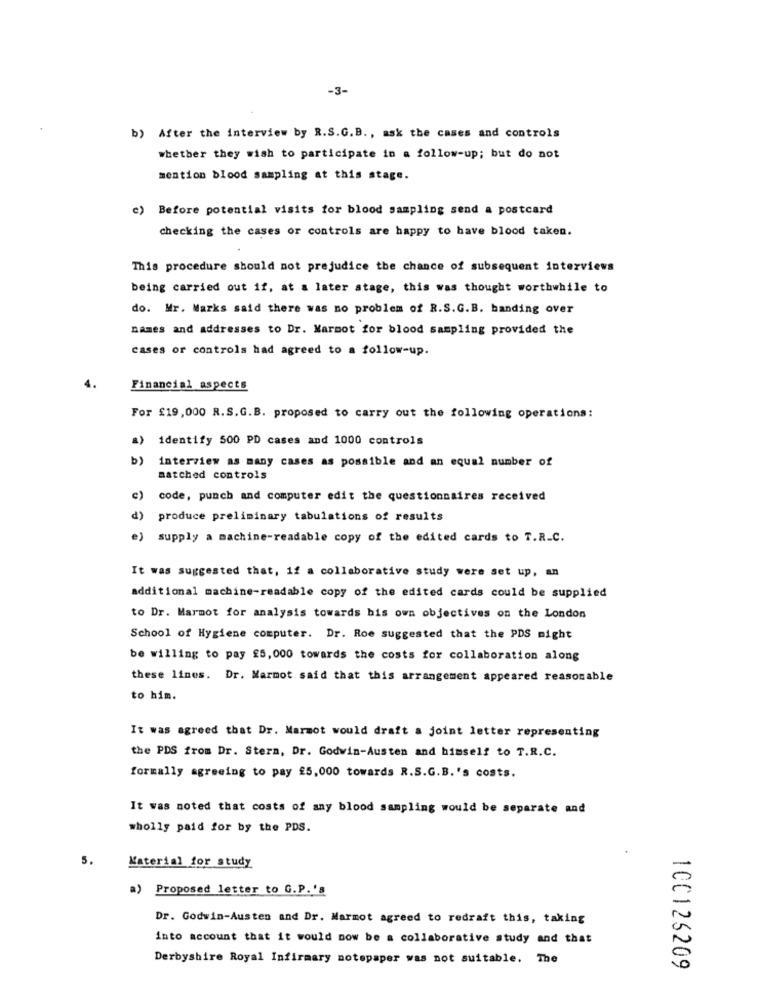
-3-
b) After the interview by R.S.G.B ., ask the cases and controls
whether they wish to participate in a follow-up; but do not
mention blood sampling at this stage.
c) Before potential visits for blood sampling send a postcard
checking the cases or controls are happy to have blood taken.
This procedure should not prejudice the chance of subsequent interviews
being carried out if, at a later stage, this was thought worthwhile to
do. Mr. Marks said there was no problem of R.S.G.B. banding over
names and addresses to Dr. Marmot for blood sampling provided the
cases or controls had agreed to a follow-up.
Financial aspects
For £19,000 R.S.G.B. proposed to carry out the following operations:
a)
identify 500 PD cases and 1000 controls
b)
interview as many cases as possible and an equal number of
matched controls
c)
code, punch and computer edit the questionnaires received
d)
produce preliminary tabulations of results
e) supply a machine-readable copy of the edited cards to T.R.C.
It was suggested that, if a collaborative study were set up, an
additional machine-readable copy of the edited cards could be supplied
to Dr. Marmot for analysis towards bis own objectives on the London
School of Hygiene computer. Dr. Roe suggested that the PDS might
be willing to pay £5,000 towards the costs for collaboration along
these lines. Dr. Marmot said that this arrangement appeared reasonable
to him.
It was agreed that Dr. Marmot would draft a joint letter representing
the PDS from Dr. Stern, Dr. Godwin-Austen and himself to T.R.C.
formally agreeing to pay £5,000 towards R.S.G.B.'s costs.
It was noted that costs of any blood sampling would be separate and
wholly paid for by the PDS.
5.
Material for study
a)
Proposed letter to G.P.'s
Dr. Godwin-Austen and Dr. Marmot agreed to redraft this, taking
into account that it would now be a collaborative study and that
Derbyshire Royal Infirmary notepaper was not suitable. The
100126209